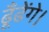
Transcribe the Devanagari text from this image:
ढूँढेंगे।